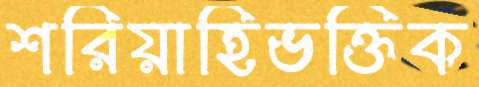
শরিয়াহিভক্তিক